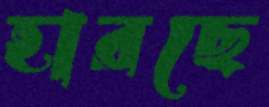
হারছে